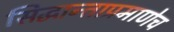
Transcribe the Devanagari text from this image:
सिद्धान्ताप्रमाणेच